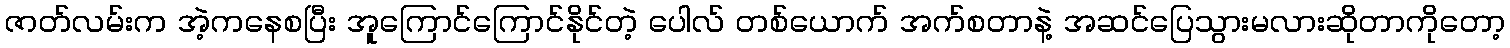
ဇာတ်လမ်းက အဲ့ကနေစပြီး အူကြောင်ကြောင်နိုင်တဲ့ ပေါလ် တစ်ယောက် အက်စတာနဲ့ အဆင်ပြေသွားမလားဆိုတာကိုတော့